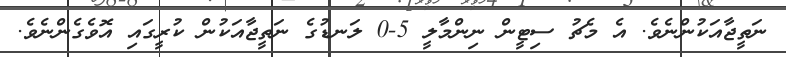
ނަތީޖާއަކުންނެވެ. އެ މެޗު ސިޓީން ނިންމާލީ 5-0 ލަނޑުގެ ނަތީޖާއަކުން ކުރީގައި އޮވެގެންނެވެ.